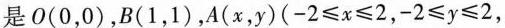
是0(0，0)，B(1，1)，A(x，y)($$- 2 ≤ x ≤ 2$$，$$- 2 ≤ y ≤ 2$$，